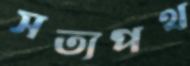
সত্যপথ